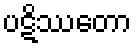
ပဋိဿတော